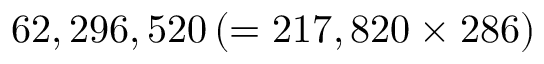
6 2 , 2 9 6 , 5 2 0 \left( = 2 1 7 , 8 2 0 \times 2 8 6 \right)